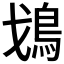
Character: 𩾷